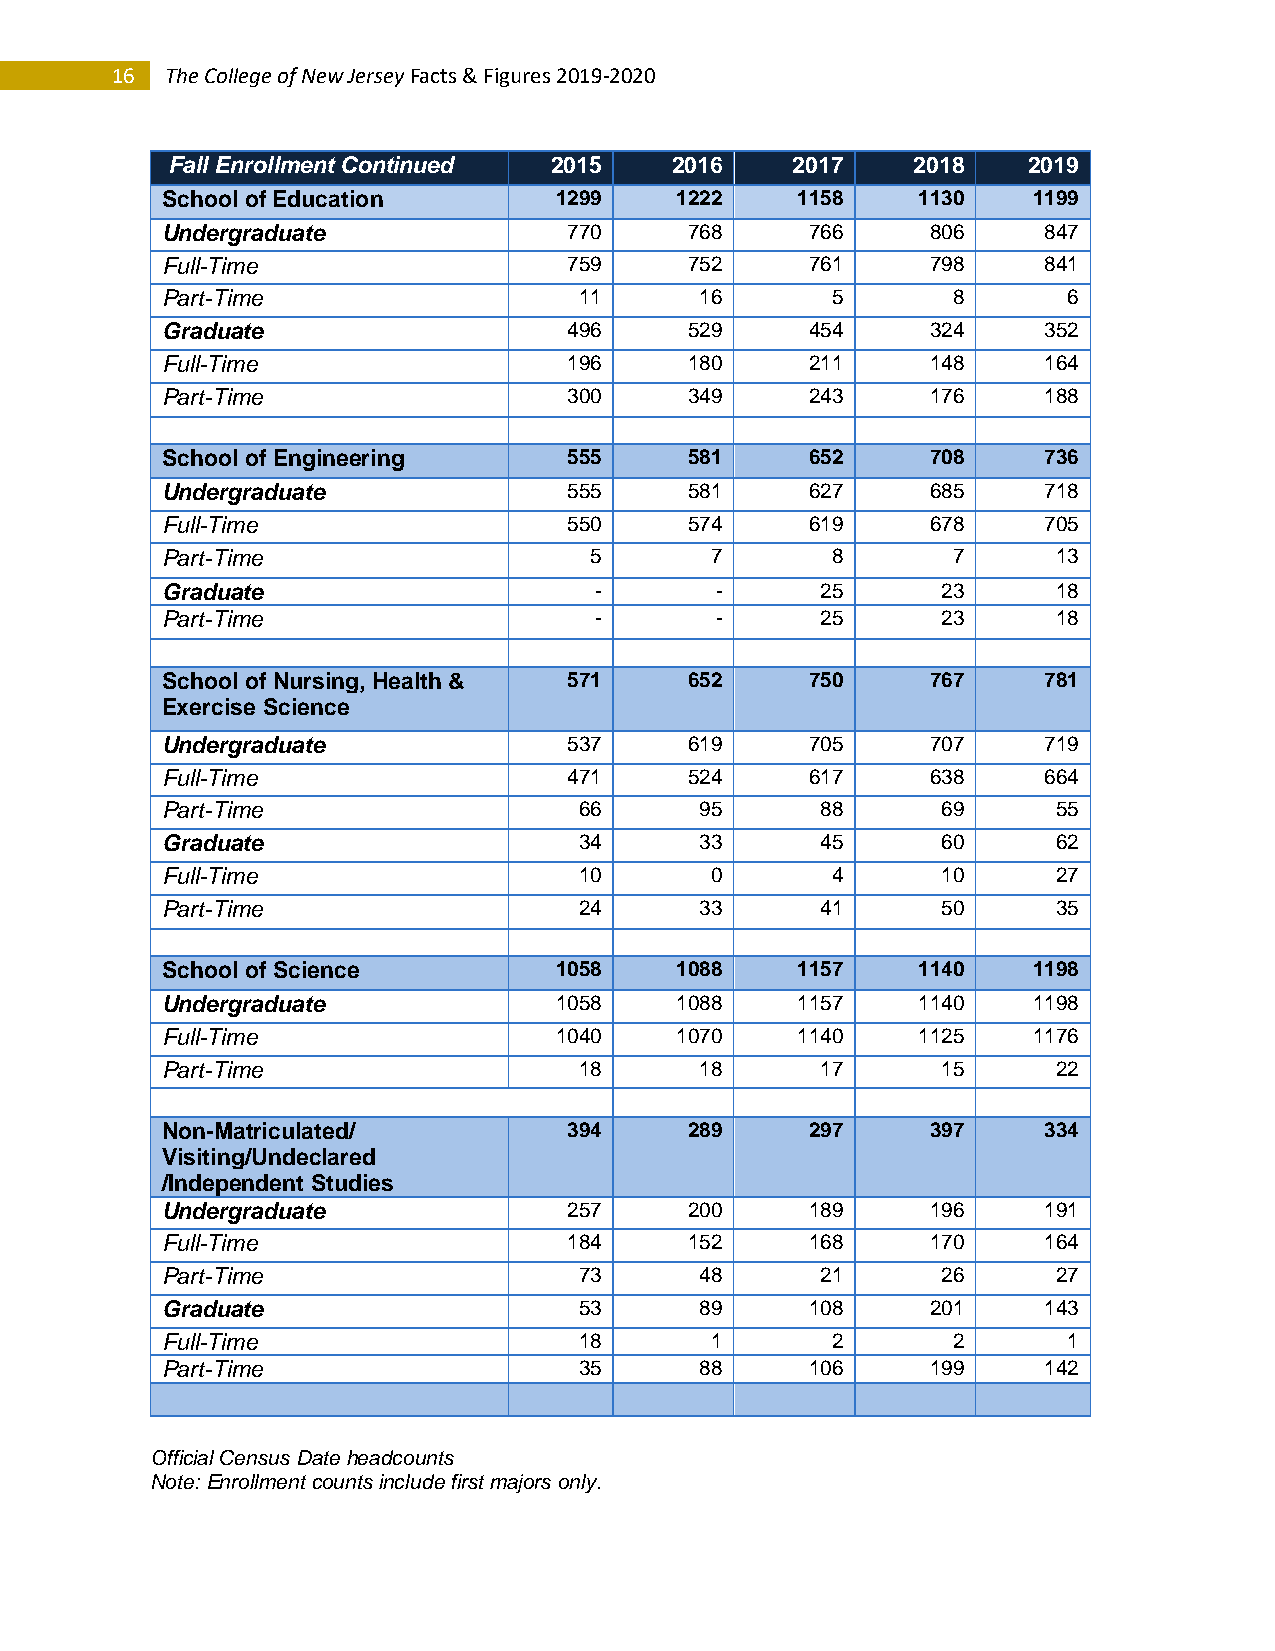
16  The College of New Jersey Facts & Figures 2019-2020
 Fall Enrollment Continued 2015   2016    2017    2018    2019
 School of Education       1299    1222    1158    1130   1199
 Undergraduate              770     768     766     806    847
 Full-Time                  759     752     761     798    841
 Part-Time                  11      16       5       8       6
 Graduate                   496     529     454     324    352
 Full-Time                  196     180     211     148    164
 Part-Time                  300     349     243     176    188
 School of Engineering      555     581     652     708    736
 Undergraduate              555     581     627     685    718
 Full-Time                  550     574     619     678    705
 Part-Time                   5       7       8       7      13
 Graduate                    -       -      25      23      18
 Part-Time                   -       -      25      23      18
 School of Nursing, Health & 571    652     750     767    781
 Exercise Science
 Undergraduate              537     619     705     707    719
 Full-Time                  471     524     617     638    664
 Part-Time                  66      95      88      69      55
 Graduate                   34      33      45      60      62
 Full-Time                  10       0       4      10      27
 Part-Time                  24      33      41      50      35
 School of Science         1058    1088    1157    1140   1198
 Undergraduate             1058    1088    1157    1140   1198
 Full-Time                 1040    1070    1140    1125   1176
 Part-Time                  18      18      17      15      22
 Non-Matriculated/          394     289     297     397    334
 Visiting/Undeclared
 /Independent Studies
 Undergraduate              257     200     189     196    191
 Full-Time                  184     152     168     170    164
 Part-Time                  73      48      21      26      27
 Graduate                   53      89      108     201    143
 Full-Time                  18       1       2       2       1
 Part-Time                  35      88      106     199    142
 Official Census Date headcounts
 Note: Enrollment counts include first majors only.